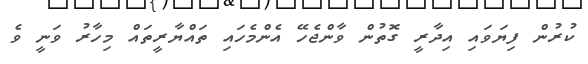
ކުރުން ފިޔަވައި އިދާރީ ގޮތުން ވާންޖެހޭ އެންމެހައި ތައްޔާރީތައް މިހާރު ވަނީ ވެ